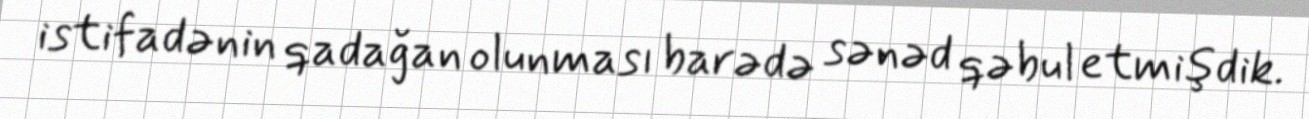
istifadənin qadağan olunması barədə sənəd qəbul etmişdik.